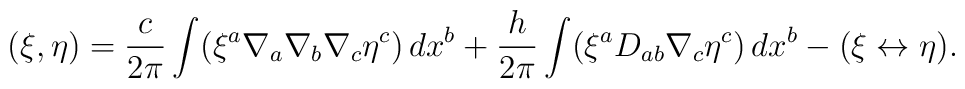
(\xi,\eta) = \frac{c}{2\pi} \int (\xi^a \nabla_a \nabla_b \nabla_c\eta^c)\,dx^b + \frac{h}{2\pi} \int (\xi^a D_{a b} \nabla_c \eta^c )\, dx^b -(\xi\leftrightarrow \eta).